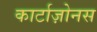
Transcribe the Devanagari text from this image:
कार्टाज़ोनस